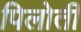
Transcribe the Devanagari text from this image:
पिलोती